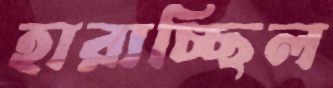
হারাচ্ছিল